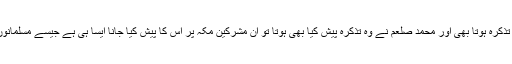
اگر توریت و انجیل میں محمد صلعم کا تذکرہ ہوتا بھی اور محمد صلعم نے وہ تذکرہ پیش کیا بھی ہوتا تو ان مشرکین مکہ پر اس کا پیش کیا جانا ایسا ہی ہے جیسے مسلمانوں پر ہندوؤں کی مقدس کتابیں دلیل بنانا۔